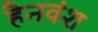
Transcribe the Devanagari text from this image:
हैनवंश